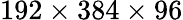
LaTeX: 192\times 384\times 96